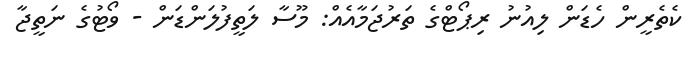
ކެތެރީން ހެޑަން ލިއުނު ރިޕޯޓްގެ ތަރުޖަމާއެއް: މޫސާ ލަތީފުލަންޑަން - ވޯޓުގެ ނަތީޖާ